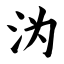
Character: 沩